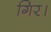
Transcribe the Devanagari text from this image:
गिर।